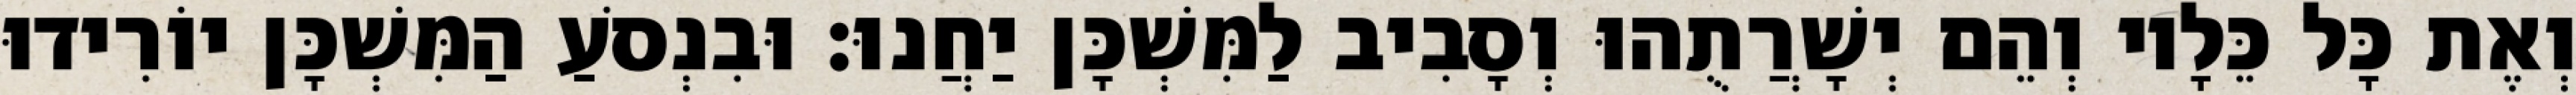
וְאֶת כָּל כֵּלָיו וְהֵם יְשָׁרֲתֻהוּ וְסָבִיב לַמִּשְׁכָּן יַחֲנוּ׃ וּבִנְסֹעַ הַמִּשְׁכָּן יוֹרִידוּ